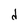
Character: d